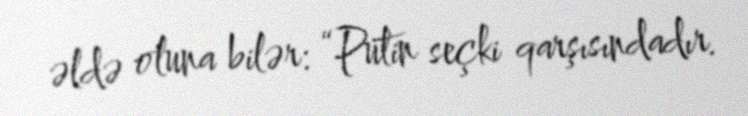
əldə oluna bilər: “Putin seçki qarşısındadır.